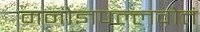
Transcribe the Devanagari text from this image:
मनोज्ञपल्लवोत्तं